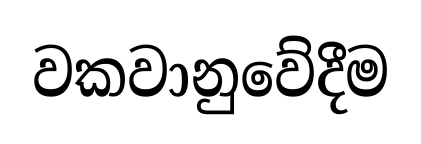
වකවානුවේදීම